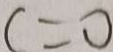
c = 0